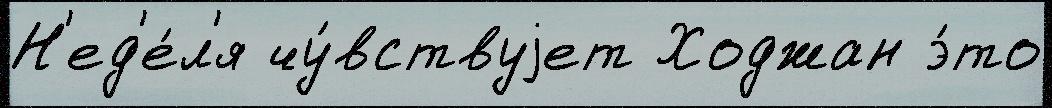
Н'ед'е́л'я чу́вствуjет Ходжан э́то